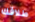
طلاقك